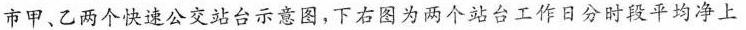
市甲、乙两个快速公交站台示意图，下右图为两个站台工作日分时段平均净上